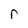
Character: r